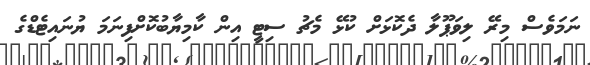
ނަމަވެސް މިރޭ ލިވަޕޫލާ ދެކޮޅަށް ކުޅޭ މެޗު ސިޓީ އިން ކާމިޔާބުކޮށްފިނަމަ ޔުނައިޓެޑްގެ